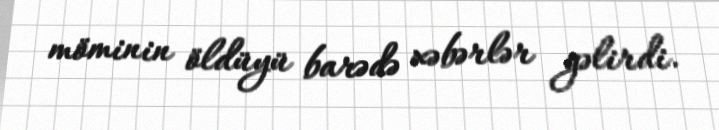
möminin öldüyü barədə xəbərlər gəlirdi.